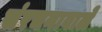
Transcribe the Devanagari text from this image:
संरचनावाले